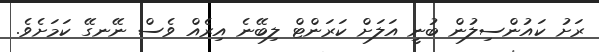
ރަށު ކައުންސިލުން ބުނީ އަލަށް ކަރަންޓް ލިބޭނެ އިރެއް ވެސް ނޭނގޭ ކަމަށެވެ.